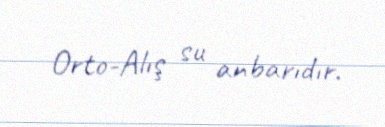
Orto-Alış su anbarıdır.